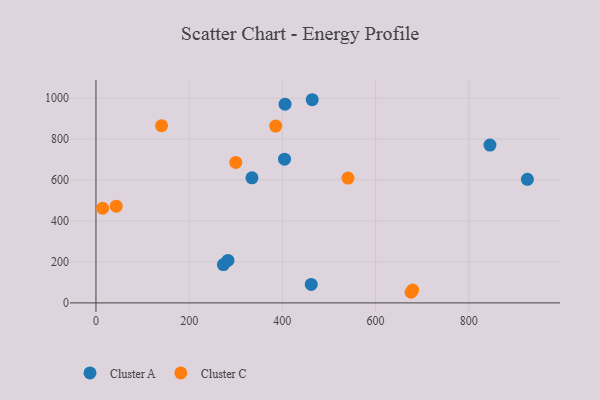
{"axis": {"x": "Speed", "y": "Rating"}, "legend": ["Cluster A", "Cluster C"], "data": [{"x": "925.9", "y": 603.2, "type": "Cluster A"}, {"x": "334.8", "y": 610.5, "type": "Cluster A"}, {"x": "464.1", "y": 992.1, "type": "Cluster A"}, {"x": "462.0", "y": 90.1, "type": "Cluster A"}, {"x": "404.7", "y": 701.6, "type": "Cluster A"}, {"x": "283.3", "y": 207.2, "type": "Cluster A"}, {"x": "273.5", "y": 187.3, "type": "Cluster A"}, {"x": "405.8", "y": 970.5, "type": "Cluster A"}, {"x": "845.6", "y": 770.4, "type": "Cluster A"}, {"x": "679.7", "y": 62.3, "type": "Cluster C"}, {"x": "43.5", "y": 472.3, "type": "Cluster C"}, {"x": "300.1", "y": 685.8, "type": "Cluster C"}, {"x": "676.3", "y": 51.8, "type": "Cluster C"}, {"x": "140.8", "y": 864.9, "type": "Cluster C"}, {"x": "540.9", "y": 609.7, "type": "Cluster C"}, {"x": "14.3", "y": 462.1, "type": "Cluster C"}, {"x": "385.7", "y": 863.5, "type": "Cluster C"}]}